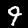
Digit: 9